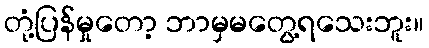
တုံ့ပြန်မှုတော့ ဘာမှမတွေ့ရသေးဘူး။